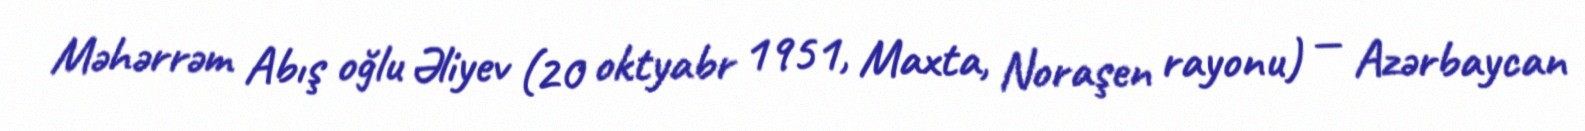
Məhərrəm Abış oğlu Əliyev (20 oktyabr 1951, Maxta, Noraşen rayonu) — Azərbaycan